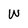
Character: w